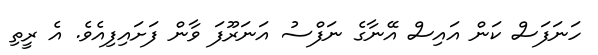
ހަނަފަސް ކަން އައިސް އޭނާގެ ނަފްސު އަނަރޫފަ ވާން ފަށައިފިއެވެ. އެ ރީތި